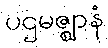
ပဌမဇ္ဈာနံ